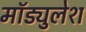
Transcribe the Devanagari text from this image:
मॉड्युलेश